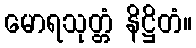
မောရသုတ္တံ နိဋ္ဌိတံ။